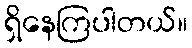
ရှိနေကြပါတယ်။